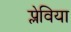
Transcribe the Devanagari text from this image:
प्लेविया